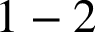
1 - 2